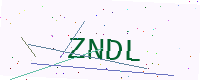
Text: ZNDL